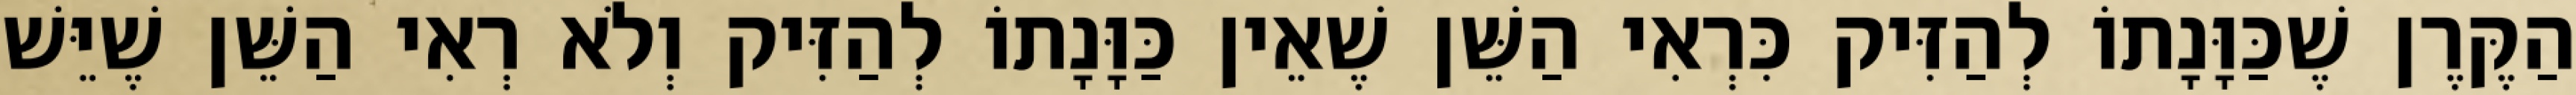
הַקֶּרֶן שֶׁכַּוָּנָתוֹ לְהַזִּיק כִּרְאִי הַשֵּׁן שֶׁאֵין כַּוָּנָתוֹ לְהַזִּיק וְלֹא רְאִי הַשֵּׁן שֶׁיֵּשׁ